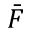
\bar { F }